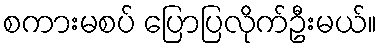
စကားမစပ် ပြောပြလိုက်ဦးမယ်။